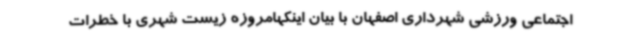
اجتماعی ورزشی شهرداری اصفهان با بیان اینکهامروزه زیست شهری با خطرات